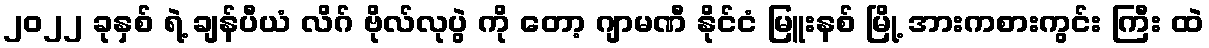
၂၀၂၂ ခုနှစ် ရဲ့ ချန်ပီယံ လိဂ် ဗိုလ်လုပွဲ ကို တော့ ဂျာမဏီ နိုင်ငံ မြူးနစ် မြို့ အားကစားကွင်း ကြီး ထဲ